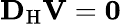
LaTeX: {\mathbf{D}}_{\mathrm{H}}\mathbf{V}=\mathbf{0}